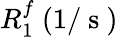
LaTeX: R_{1}^{f}~(1/\mathrm{~s~})